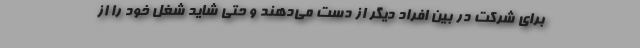
برای شرکت در بین افراد دیگر از دست می‌دهند و حتی شاید شغل خود را از